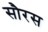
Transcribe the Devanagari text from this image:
सौरस